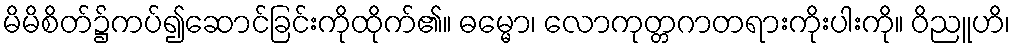
မိမိစိတ်၌ကပ်၍ဆောင်ခြင်းကိုထိုက်၏။ ဓမ္မော၊ လောကုတ္တဂာတရားကိုးပါးကို။ ဝိညူဟိ၊